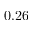
0 . 2 6